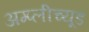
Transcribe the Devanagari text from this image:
अम्प्लीच्यूड